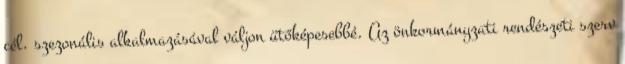
cél. szezonális alkalmazásával váljon ütőképesebbé. Az önkormányzati rendészeti szerv